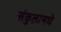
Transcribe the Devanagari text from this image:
संकुलामधे